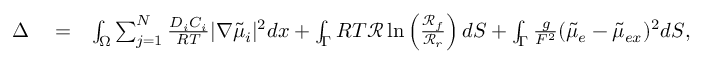
\begin{array} { r l r } { \Delta } & { { } = } & { \int _ { \Omega } \sum _ { j = 1 } ^ { N } \frac { D _ { i } C _ { i } } { R T } | \nabla \tilde { \mu } _ { i } | ^ { 2 } d x + \int _ { \Gamma } R T \mathcal { R } \ln \left( \frac { \mathcal { R } _ { f } } { \mathcal { R } _ { r } } \right) d S + \int _ { \Gamma } \frac { g } { F ^ { 2 } } ( \tilde { \mu } _ { e } - \tilde { \mu } _ { e x } ) ^ { 2 } d S , } \end{array}